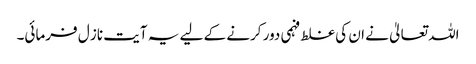
اللہ تعالیٰ نے ان کی غلط فہمی دور کرنے کے لیے یہ آیت ناز ل فرمائی۔